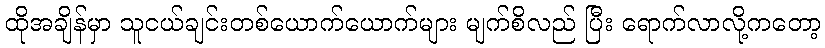
ထိုအချိန်မှာ သူငယ်ချင်းတစ်ယောက်ယောက်များ မျက်စိလည် ပြီး ရောက်လာလို့ကတော့